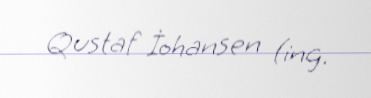
Qustaf İohansen (ing.